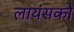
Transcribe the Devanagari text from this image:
लायंसको